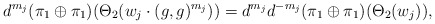
\begin{align*}d^{m_j} (\pi_1 \oplus \pi_1) (\Theta_2(w_j \cdot (g,g)^{m_j}))=d^{m_j} d^{-m_j} (\pi_1 \oplus \pi_1)( \Theta_2(w_j) ),\end{align*}